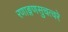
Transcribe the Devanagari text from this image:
रणाङ्गणसुचत्वरे